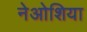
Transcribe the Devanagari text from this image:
नेओशिया